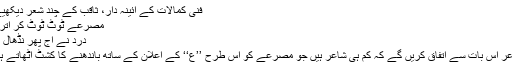
فنی کمالات کے آئینہ دار، ثاقب کے چند شعر دیکھیے:
مصرعے ٹوٹ ٹوٹ کر اُترے
درد نے آج پھر نڈھال کیا
شاعر اس بات سے اتفاق کریں گے کہ کم ہی شاعر ہیں جو مصرعے کو اس طرح ’’ع‘‘ کے اعلان کے ساتھ باندھنے کا کشٹ اٹھاتے ہیں۔